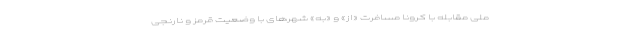
ملی مقابله با کرونا مسافرت «از» و «به» شهرهای با وضعیت قرمز و نارنجی